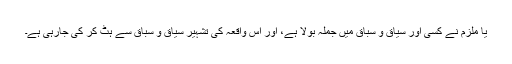
یا ملزم نے کسی اور سیاق و سباق میں جملہ بولا ہے، اور اس واقعہ کی تشہیر سیاق و سباق سے ہٹ کر کی جارہی ہے۔